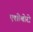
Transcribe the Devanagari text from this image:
एशीबोरो